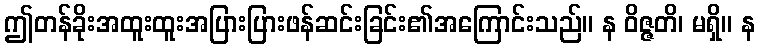
ဤတန်ခိုးအထူးထူးအပြားပြားဖန်ဆင်းခြင်း၏အကြောင်းသည်။ န ဝိဇ္ဇတိ၊ မရှိ။ န